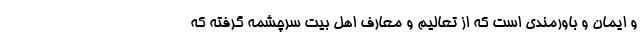
و ایمان و باورمندی است که از تعالیم و معارف اهل بیت سرچشمه گرفته که